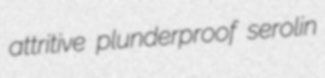
attritive plunderproof serolin